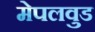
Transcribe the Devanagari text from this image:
मेपलवुड